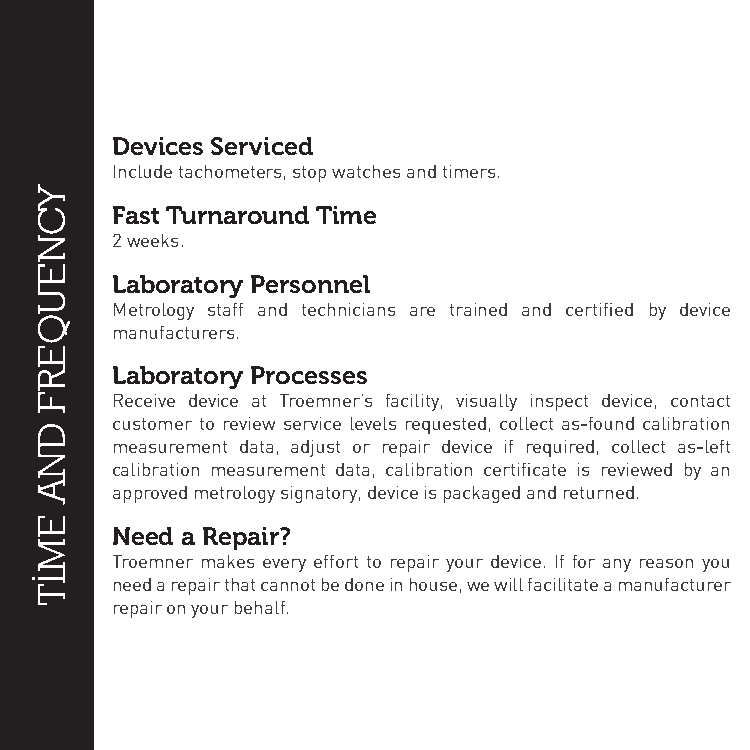
Devices Serviced
 Include tachometers, stop watches and timers.
 Fast Turnaround Time
 2 weeks.
 Laboratory Personnel
 Metrology staff and technicians are trained and certified by device
 manufacturers.
 Laboratory Processes
 Receive device at Troemner’s facility, visually inspect device, contact
 customer to review service levels requested, collect as-found calibration
 measurement data, adjust or repair device if required, collect as-left
 calibration measurement data, calibration certificate is reviewed by an
 approved metrology signatory, device is packaged and returned.
 Need a Repair?
 Troemner makes every effort to repair your device. If for any reason you
 need a repair that cannot be done in house, we will facilitate a manufacturer
 repair on your behalf.